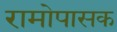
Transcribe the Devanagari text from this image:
रामोपासक